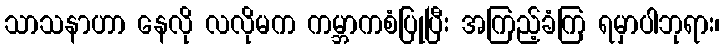
သာသနာဟာ နေလို လလိုမက ကမ္ဘာကစံပြုပြီး အကြည့်ခံကြ ရမှာပါဘုရား၊